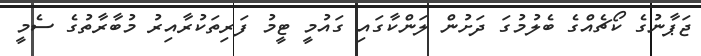
ޖަޕާނުގެ ކޯޗެއްގެ ބެލުމުގަ ދަށުން ލަންކާގައި ގައުމީ ޓީމު ފަރިތަކުރާއިރު މުބާރާތުގެ ސެމީ